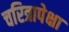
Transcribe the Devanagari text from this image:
चरित्रापेक्षा